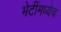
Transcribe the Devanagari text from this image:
भेटींमध्येच